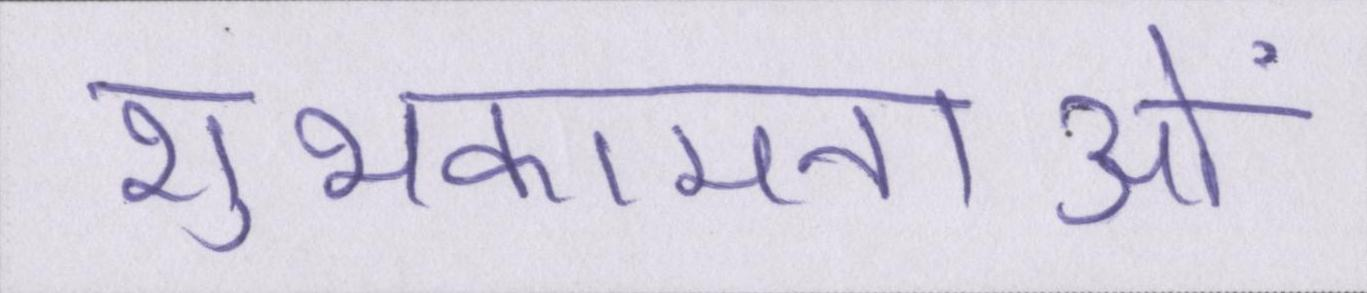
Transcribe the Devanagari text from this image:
शुभकामनाओं